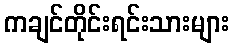
ကချင်တိုင်းရင်းသားများ